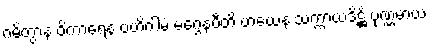
ဂမိတွာန ဝိကာရေန ဗဟိဂါမံ မဂ္ဂေနပီတိ ဟယေန သက္ကာယဒိဋ္ဌိံ ပုဏ္ဏမာယ